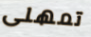
تمهلى